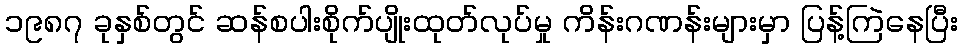
၁၉၈၇ ခုနှစ်တွင် ဆန်စပါးစိုက်ပျိုးထုတ်လုပ်မှု ကိန်းဂဏန်းများမှာ ပြန့်ကြဲနေပြီး